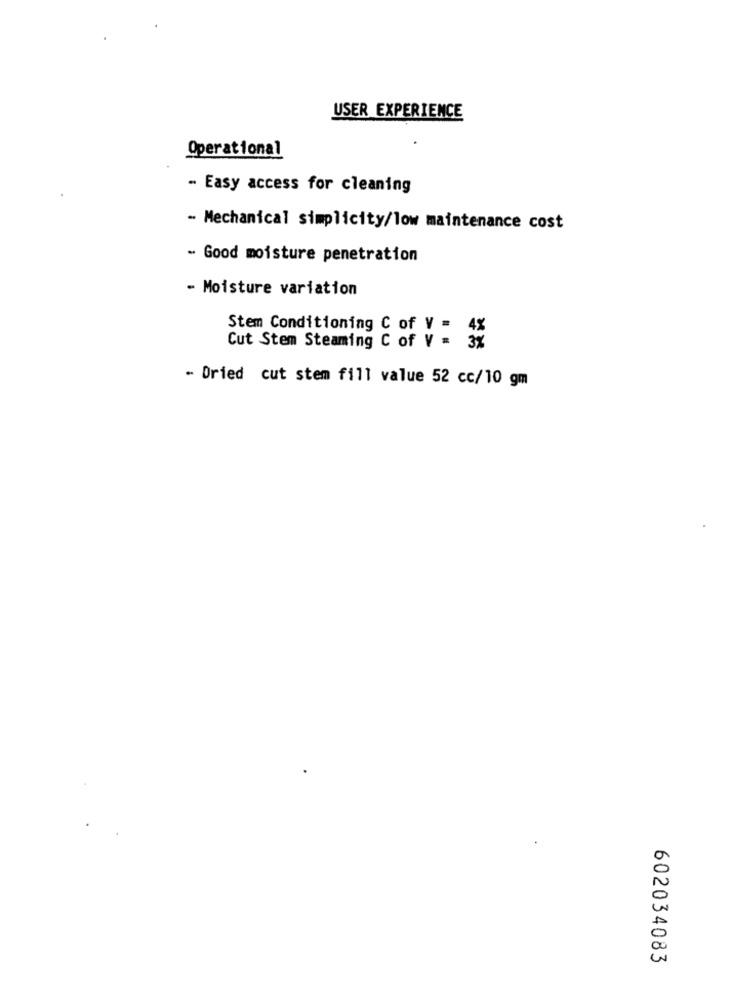
USER EXPERIENCE
Operational
- Easy access for cleaning
- Mechanical simplicity/low maintenance cost
- Good moisture penetration
- Moisture variation
Stem Conditioning C of V = 4%
Cut Stem Steaming C of V = 3%
- Dried cut stem fill value 52 cc/10 gm
602034083